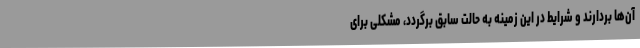
آن‌ها بردارند و شرایط در این زمینه به حالت سابق برگردد، مشکلی برای